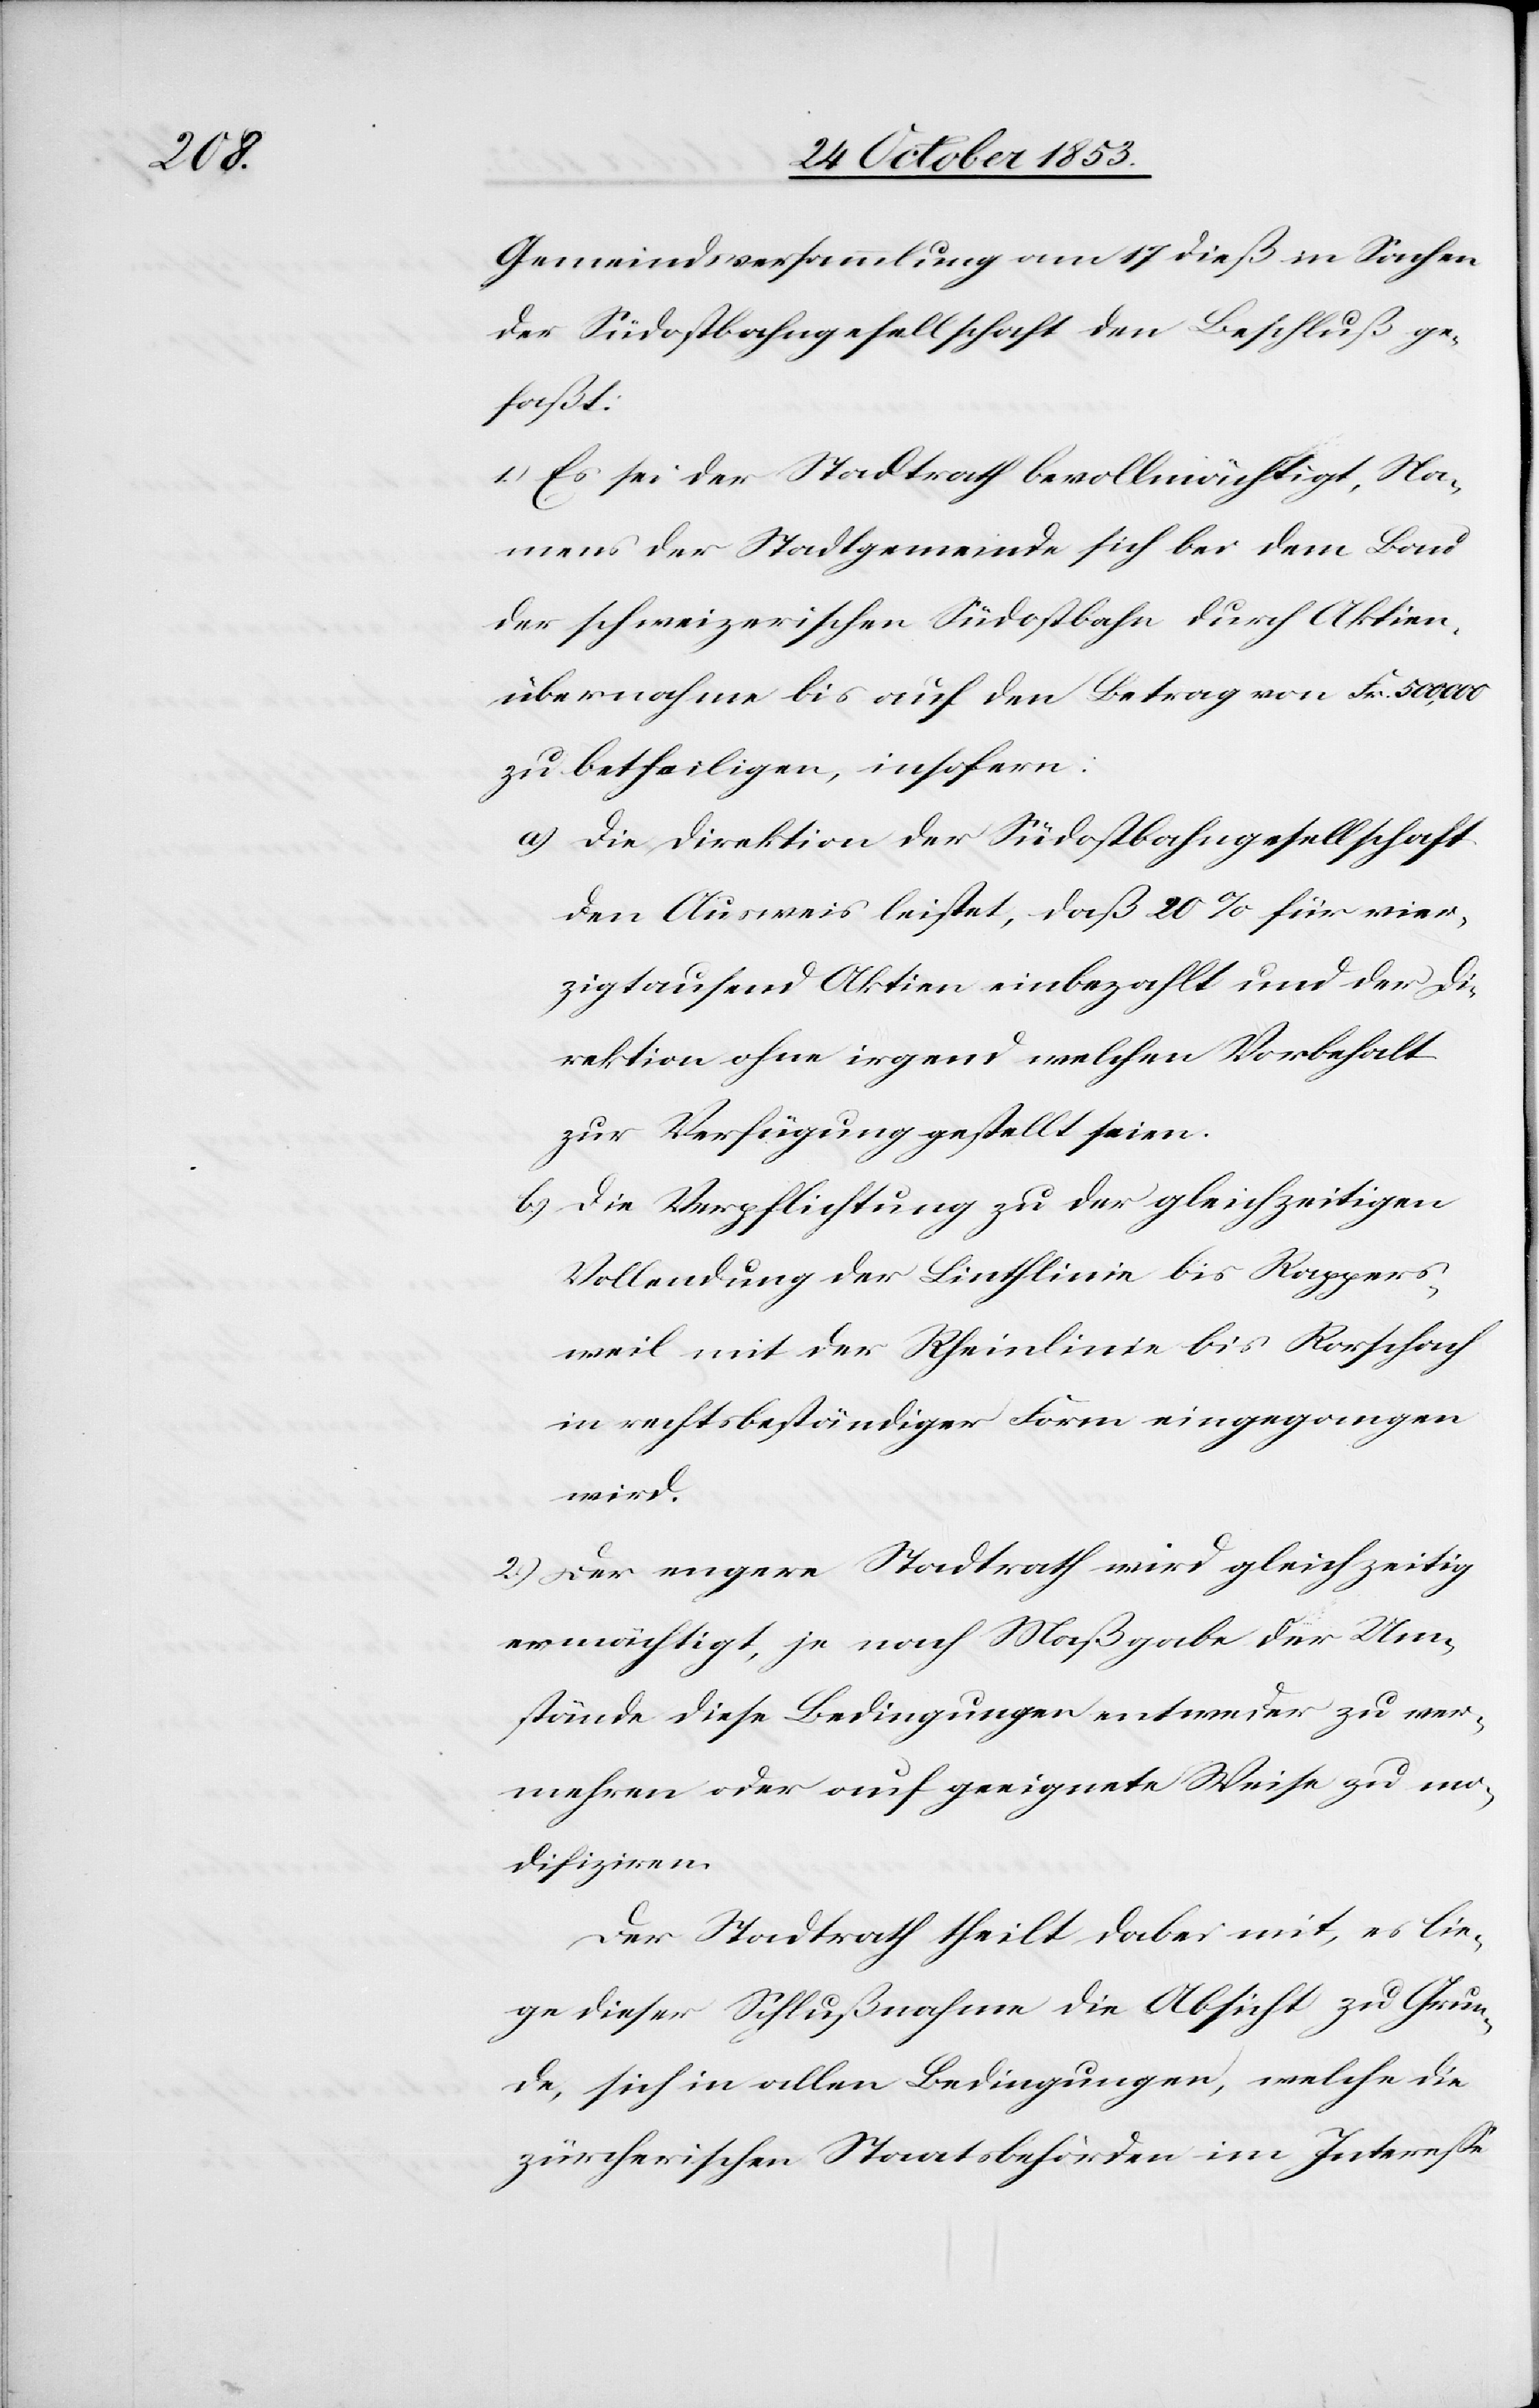
Gemeindsversammlung am 17 dieß in Sachen
der Südostbahngesellschaft den Beschluß ge¬
faßt:
1.) Es sei der Stadtrath bevollmächtigt, Na¬
mens der Stadtgemeinde sich bei dem Bau
der schweizerischen Südostbahn durch Aktien¬
übernahme bis auf den Betrag von Fr. 500,000
zu betheiligen, insofern:
a) Die Direktion der Südostbahngesellschaft
den Ausweis leistet, daß 20% für vier¬
zigtausend Aktien einbezahlt und der Di¬
rektion ohne irgend welchen Vorbehalt
zur Verfügung gestellt seien.
b) Die Verpflichtung zu der gleichzeitigen
Vollendung der Linthlinie bis Rappers¬
weil mit der Rheinlinie bis Rorschach
in rechtbeständiger Form eingegangen
wird.
2.) Der engere Stadtrath wird gleichzeitig
ermächtigt, je nach Maßgabe der Um¬
stände diese Bedingungen entweder zu ver¬
mehren oder auf geeignete Weise zu mo¬
difiziren.
Der Stadtrath theilt dabei mit, es lie¬
ge dieser Schlußnahme die Absicht zu Grun¬
de, sich in allen Bedingungen, welche die
zürcherischen Staatsbehörden im Intereße